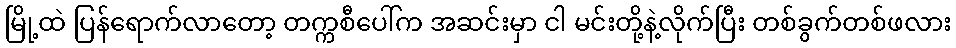
မြို့ထဲ ပြန်ရောက်လာတော့ တက္ကစီပေါ်က အဆင်းမှာ ငါ မင်းတို့နဲ့လိုက်ပြီး တစ်ခွက်တစ်ဖလား